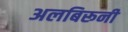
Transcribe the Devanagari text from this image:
अलबिरूनी